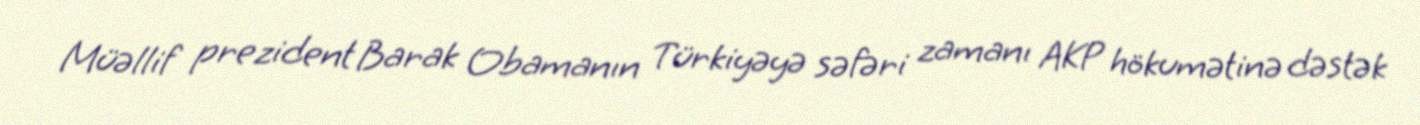
Müəllif prezident Barak Obamanın Türkiyəyə səfəri zamanı AKP hökumətinə dəstək